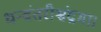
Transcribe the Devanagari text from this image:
धन्वंतरीश्चंद्रमा।